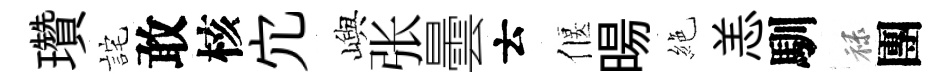
瓚詫敢核宂嶼张曇云偃暘絶恙馴禄團